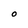
Character: O